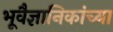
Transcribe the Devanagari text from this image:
भूवैज्ञानिकांच्या